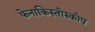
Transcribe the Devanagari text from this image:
फेनाकिस्तोस्कोप